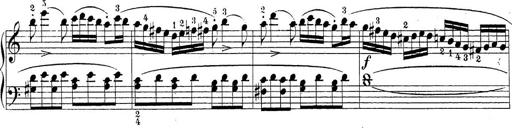
Title: Sonatina Album
Composer: Louis KÃ¶hler